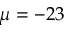
\mu = - 2 3